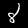
Digit: 8